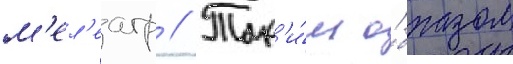
м'ел'еагр // Так'и́м о́бразом